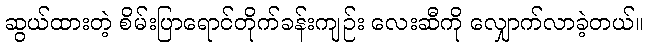
ဆွယ်ထားတဲ့ စိမ်းပြာရောင်တိုက်ခန်းကျဉ်း လေးဆီကို လျှောက်လာခဲ့တယ်။